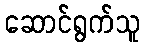
ဆောင်ရွက်သူ